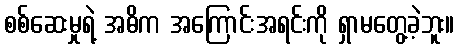
စစ်ဆေးမှုရဲ့ အဓိက အကြောင်းအရင်းကို ရှာမတွေ့ခဲ့ဘူး။